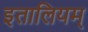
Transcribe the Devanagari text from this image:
इतालियम्